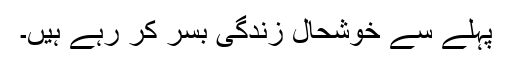
پہلے سے خوشحال زندگی بسر کر رہے ہیں۔